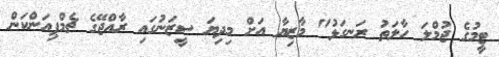
ޓީމުގެ ޖުމްލަ ހާލަތު ރަނގަޅު" މާޒިޔާ އަށް މިދިޔަ ސީޒަނުގައި ރާއްޖޭގެ ޗެމްޕިއަންކަން